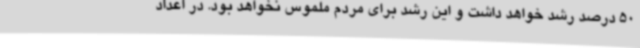
50 درصد رشد خواهد داشت و این رشد برای مردم ملموس نخواهد بود. در اعداد